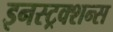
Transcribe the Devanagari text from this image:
इनस्ट्रक्शन्स